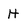
Character: H